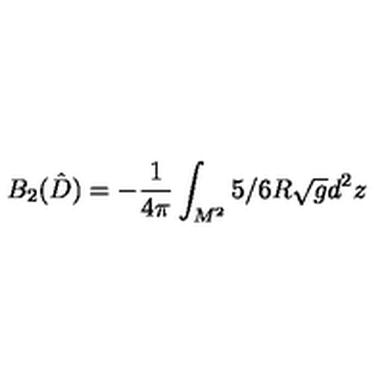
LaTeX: B _ { 2 } ( \hat { D } ) = - { \frac { 1 } { 4 \pi } } \int _ { M ^ { 2 } } ^ { } 5 / 6 R \sqrt { g } d ^ { 2 } z